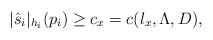
\begin{align*} |\hat s_i|_{h_i}(p_i)\geq c_x=c(l_x,\Lambda, D), \end{align*}